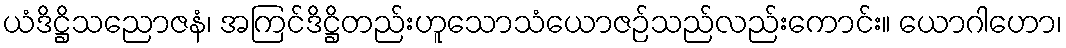
ယံဒိဋ္ဌိသညောဇနံ၊ အကြင်ဒိဋ္ဌိတည်းဟူသောသံယောဇဉ်သည်လည်းကောင်း။ ယောဂါဟော၊